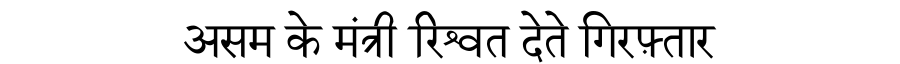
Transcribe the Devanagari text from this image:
असम के मंत्री रिश्वत देते गिरफ़्तार